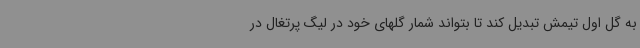
به گل اول تیمش تبدیل کند تا بتواند شمار گلهای خود در لیگ پرتغال در